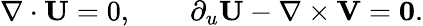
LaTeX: \nabla\cdot\mathbf{U}=0,\qquad\partial_{u}\mathbf{U}-\nabla\times\mathbf{V}=\mathbf{0}.